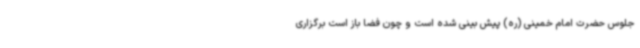
جلوس حضرت امام خمینی (ره) پیش بینی شده است و چون فضا باز است برگزاری